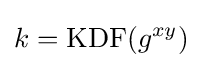
k={\textrm {KDF}}(g^{xy})